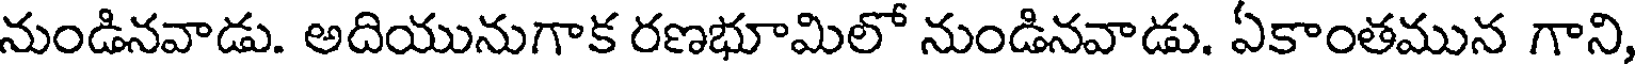
నుండినవాడు. అదియునుగాక రణభూమిలో నుండినవాడు. ఏకాంతమున గాని,